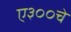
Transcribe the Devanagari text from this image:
ए३००चे